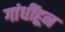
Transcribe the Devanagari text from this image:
गांधींहून